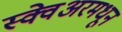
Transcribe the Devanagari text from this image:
स्क्वेअरमधून